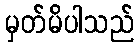
မှတ်မိပါသည်